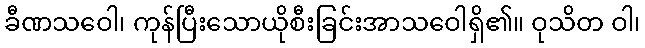
ခီဏသဝေါ၊ ကုန်ပြီးသောယိုစီးခြင်းအာသဝေါရှိ၏။ ဝုသိတ ဝါ၊